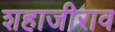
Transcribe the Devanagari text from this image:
शहाजीराव